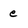
Character: e